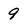
Character: 9